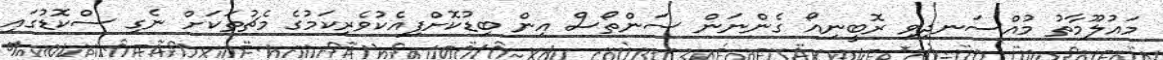
މައުލޫމާތު މުއްސަނދިވި ރޮބީނިއޯ ގެންނަން ސަންތޯސް އިން ބިޑުކޮށްފިއެކުވެރިކަމުގެ މެޗުތަކަށް ނެގި ސްކޮޑުގައި